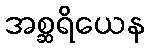
အစ္ဆရိယေန